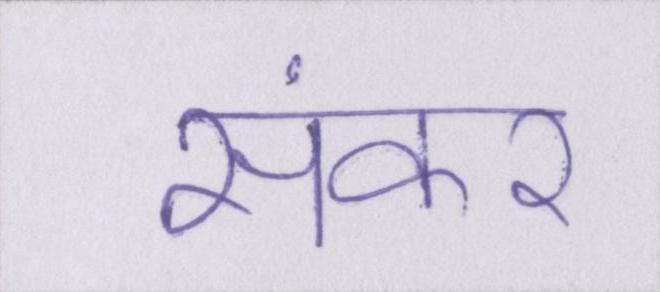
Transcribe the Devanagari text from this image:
संकर